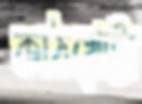
কাঠখোট্টা